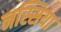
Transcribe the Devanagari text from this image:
नस्सिया